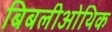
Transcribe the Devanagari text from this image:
बिबलीओथिक